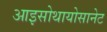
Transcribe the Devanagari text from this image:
आइसोथायोसानेट